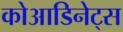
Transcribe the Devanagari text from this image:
कोआडिनेट्स